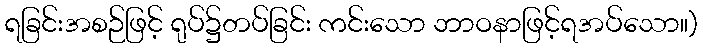
ရခြင်းအစဉ်ဖြင့် ရုပ်၌တပ်ခြင်း ကင်းသော ဘာဝနာဖြင့်ရအပ်သော။)